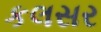
કલસર